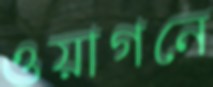
ওয়াগনে